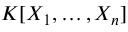
K [ X _ { 1 } , \ldots , X _ { n } ]